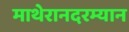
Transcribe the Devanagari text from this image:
माथेरानदरम्यान